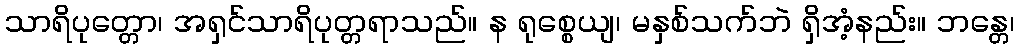
သာရိပုတ္တော၊ အရှင်သာရိပုတ္တရာသည်။ န ရုစ္စေယျ၊ မနှစ်သက်ဘဲ ရှိအံ့နည်း။ ဘန္တေ၊